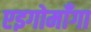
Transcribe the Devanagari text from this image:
एइगोमाँगा